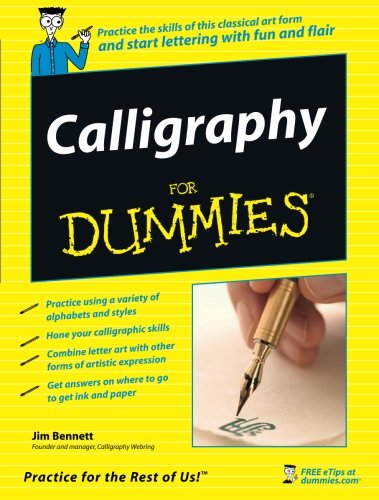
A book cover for Calligraphy For Dummies; Jim Bennett; Arts & Photography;